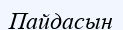
Пайдасын